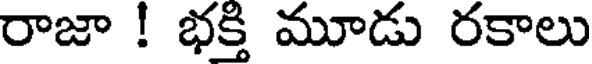
రాజా ! భక్తి మూడు రకాలు